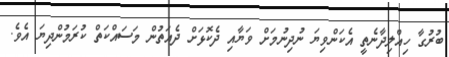
ބުރުގާ ހިއްލިދާނެތީ އެކަންވިޔަ ނުދިނުމަށް ވަޔާއި ދެކޮޅަށް ދެއަތުން މަސައްކަތް ކުރަމުންދިޔަ އެވެ.